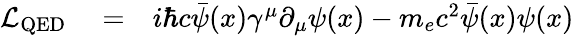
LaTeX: \begin{array}{r}{\begin{array}{rlr}{\mathcal{L}_{\mathrm{QED}}}&{{}=}&{i\hbar c\bar{\psi}(x)\gamma^{\mu}\partial_{\mu}\psi(x)-m_{e}c^{2}\bar{\psi}(x)\psi(x)}\end{array}}\end{array}